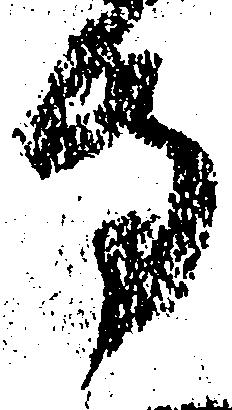
寺